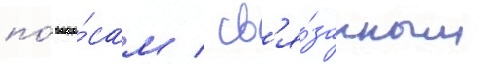
по́ вопро́сам / св'я́занным